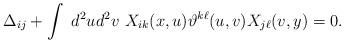
LaTeX: \begin{align*}\Delta_{ij}+\int \ d^2ud^2v \ X_{ik}(x,u)\vartheta^{k\ell}(u,v)X_{j\ell}(v,y)=0.\end{align*}